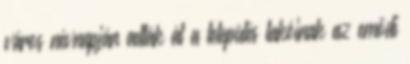
város névnapján adták át a település lakóinak az emődi